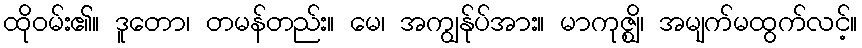
ထိုဝမ်း၏။ ဒူတော၊ တမန်တည်း။ မေ၊ အကျွန်ုပ်အား။ မာကုဇ္ဈိ၊ အမျက်မထွက်လင့်။